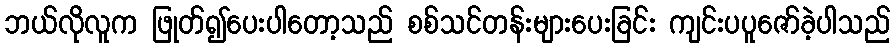
ဘယ်လိုလူက ဖြုတ်၍ပေးပါတော့သည် စစ်သင်တန်းများပေးခြင်း ကျင်းပပူဇော်ခဲ့ပါသည်